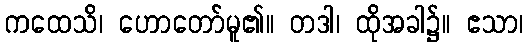
ကထေသိ၊ ဟောတော်မူ၏။ တဒါ၊ ထိုအခါ၌။ ဧသာ၊